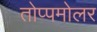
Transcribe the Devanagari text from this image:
तोप्पमोलर